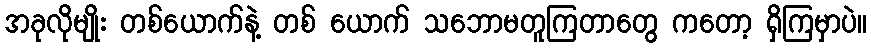
အခုလိုမျိုး တစ်ယောက်နဲ့ တစ် ယောက် သဘောမတူကြတာတွေ ကတော့ ရှိကြမှာပဲ။